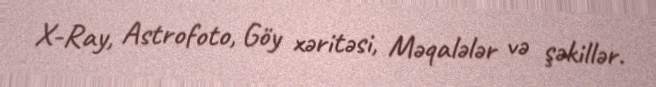
X-Ray, Astrofoto, Göy xəritəsi, Məqalələr və şəkillər.